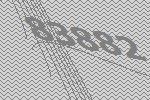
83882